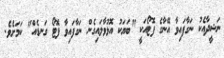
ނަޝީދާއެކު ނަގާފައިވާ އޭނާގެ ފޮޓޯއަކީ "ބަޔަކު އޮޅުވާލައިގެން ނަގާފައިވާ ފޮޓޯ ގަނޑެއް" ކަމަށެވެ.